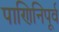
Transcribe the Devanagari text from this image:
पाणिनिपूर्व